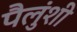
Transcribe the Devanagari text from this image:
पैलुंशी